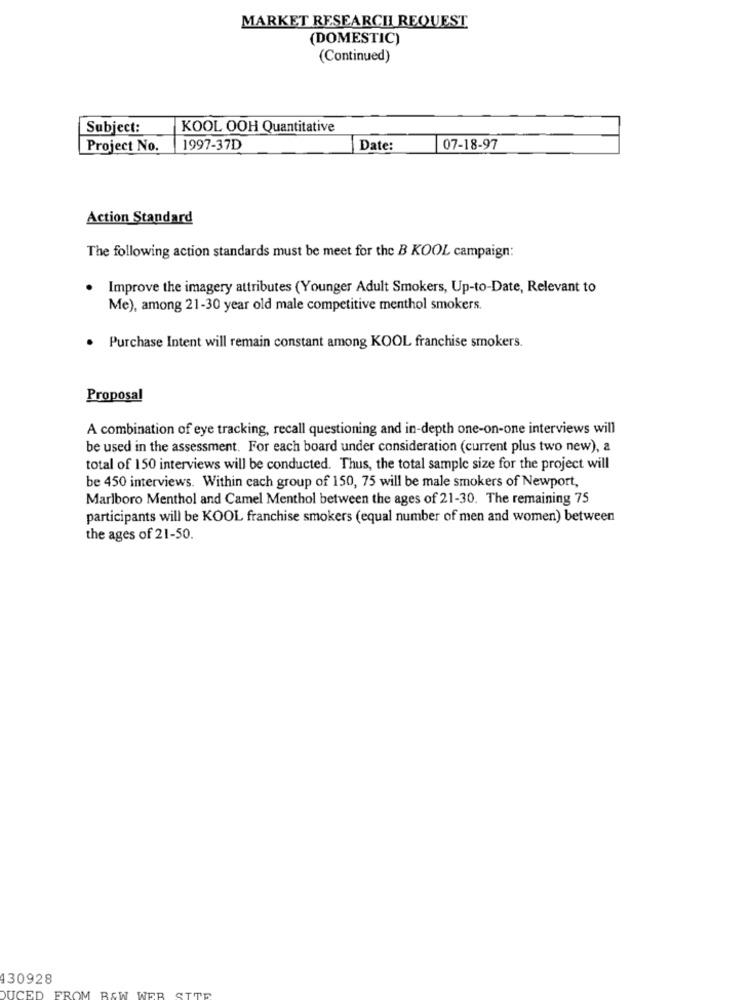
MARKET RESEARCHI REQUEST
(DOMESTIC)
(Continued)
Subject:
KOOL OOH Quantitative
Project No.
1997-37D
Date:
07-18-97
Action Standard
The following action standards must be meet for the B KOOL campaign:
. Improve the imagery attributes (Younger Adult Smokers, Up-to-Date, Relevant to
Me), among 21-30 year old male competitive menthol smokers.
· Purchase Intent will remain constant among KOOL franchise smokers.
Proposal
A combination of eye tracking, recall questioning and in-depth one-on-one interviews will
be used in the assessment. For each board under consideration (current plus two new), a
total of 150 interviews will be conducted. Thus, the total sample size for the project will
be 450 interviews. Within cach group of 150, 75 will be male smokers of Newport,
Marlboro Menthol and Camel Menthol between the ages of 21-30. The remaining 75
participants will be KOOL franchise smokers (equal number of men and women) between
the ages of 21-50.
130928
STTR
DUCED
FROM BAW WEB